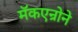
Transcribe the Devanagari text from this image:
मॅकएन्रोने